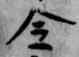
令